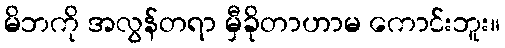
မိဘကို အလွန်တရာ မှီခိုတာဟာမ ကောင်းဘူး။